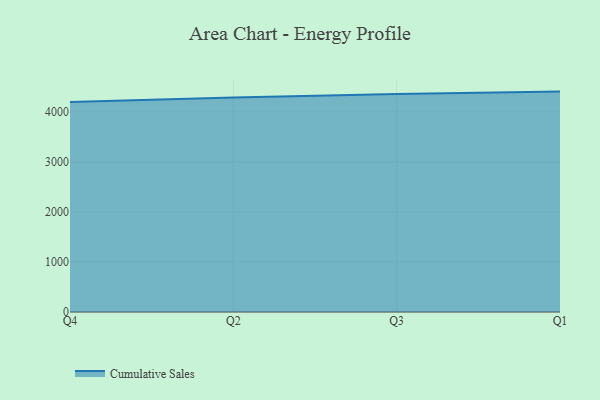
{"axis": {"x": "Quarter", "y": "Operating Costs (USD K)"}, "legend": ["Cumulative Sales"], "data": [{"x": "Q4", "y": 4194.3, "type": "Cumulative Sales"}, {"x": "Q2", "y": 4287.4, "type": "Cumulative Sales"}, {"x": "Q3", "y": 4353.8, "type": "Cumulative Sales"}, {"x": "Q1", "y": 4403.7, "type": "Cumulative Sales"}]}